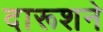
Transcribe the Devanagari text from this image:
दारूशने